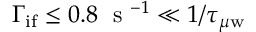
\Gamma _ { \mathrm { i f } } \le 0 . 8 \; \mathrm { ~ s ~ } ^ { - 1 } \ll 1 / \tau _ { \mu \mathrm { w } }